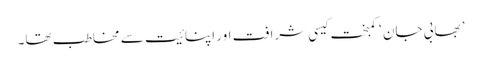
’ بھابی جان ‘ کمبخت کیسی شرافت اور اپنائیت سے مخاطب تھا۔